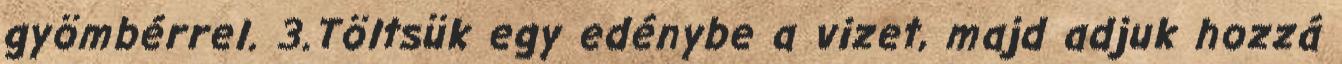
gyömbérrel. 3.Töltsük egy edénybe a vizet, majd adjuk hozzá